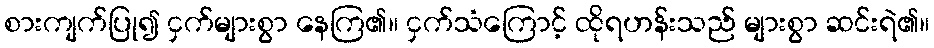
စားကျက်ပြု၍ ငှက်များစွာ နေကြ၏။ ငှက်သံကြောင့် ထိုရဟန်းသည် များစွာ ဆင်းရဲ၏။